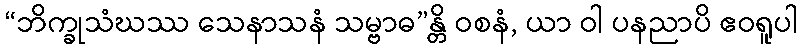
“ဘိက္ခုသံဃဿ သေနာသနံ သမ္ဗာဓ”န္တိ ဝစနံ, ယာ ဝါ ပနညာပိ ဧဝရူပါ